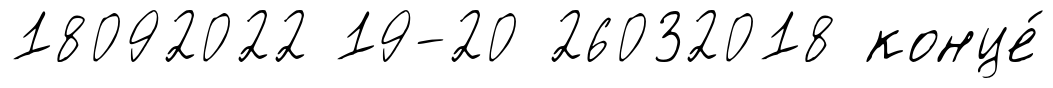
18092022 19-20 26032018 конце́